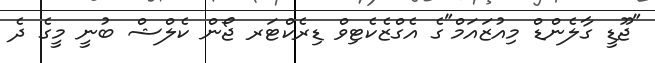
"ޖޫޑީ ގާލެންޑް މިއުޒައަމް"ގެ އެގްޒެކެޓިވް ޑިރެކްޓަރ ޖޯން ކެލްޝް ބުނީ މީގެ ދެ